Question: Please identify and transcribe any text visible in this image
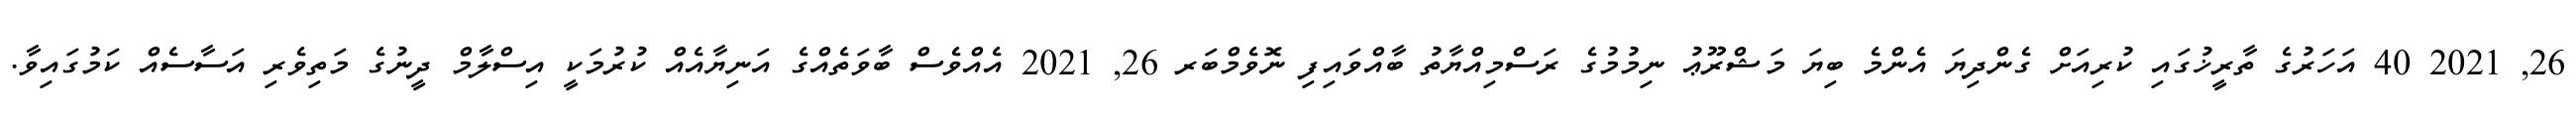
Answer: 26, 2021 40 އަހަރުގެ ތާރީޚުގައި ކުރިއަށް ގެންދިޔަ އެންމެ ބިޔަ މަޝްރޫޢު ނިމުމުގެ ރަސްމިއްޔާތު ބާއްވައިފި ނޮވެމްބަރ 26, 2021 އެއްވެސް ބާވަތެއްގެ އަނިޔާއެއް ކުރުމަކީ އިސްލާމް ދީނުގެ މަތިވެރި އަސާސެއް ކަމުގައިވާ.